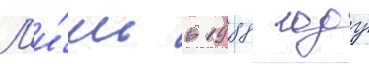
Л'и́шь в 1988 году